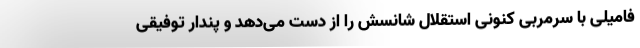
فامیلی با سرمربی کنونی استقلال شانسش را از دست می‌دهد و پندار توفیقی